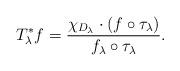
LaTeX: \begin{align*} T_\lambda^* f= \frac{\chi_{D_\lambda} \cdot (f \circ \tau_\lambda )}{f_\lambda \circ \tau_\lambda}. \end{align*}